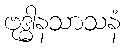
ဗုဒ္ဓါနသာသနံ